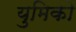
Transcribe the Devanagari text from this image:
युमिको